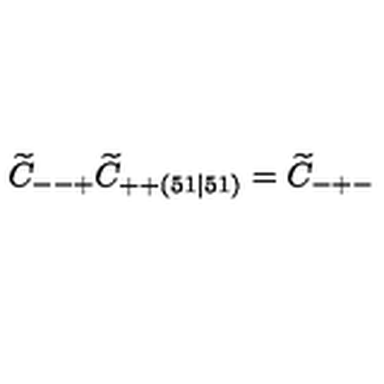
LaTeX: \widetilde { C } _ { -- + } \widetilde { C } _ { + + ( 5 1 \mid 5 1 ) } = \widetilde { C } _ { - + - }